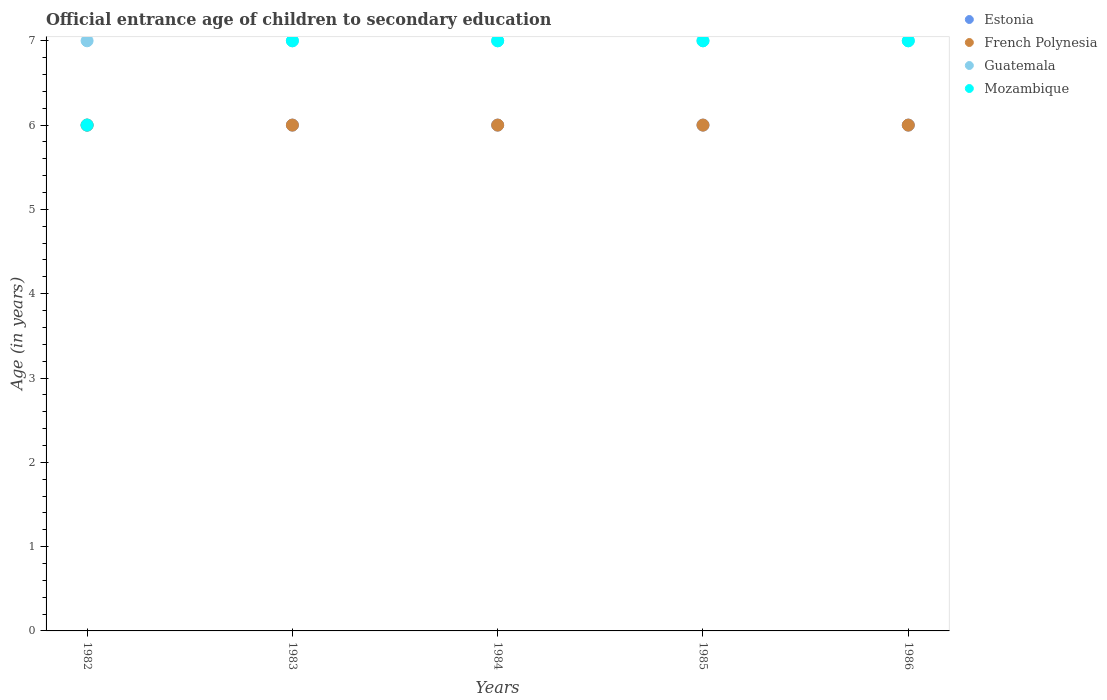
| Years | Estonia | French Polynesia | Guatemala | Mozambique |
 | --- | --- | --- | --- | --- |
 | 1982 | 6 | 6 | 7 | 6 |
 | 1983 | 6 | 6 | 7 | 7 |
 | 1984 | 6 | 6 | 7 | 7 |
 | 1985 | 6 | 6 | 7 | 7 |
 | 1986 | 6 | 6 | 7 | 7 |